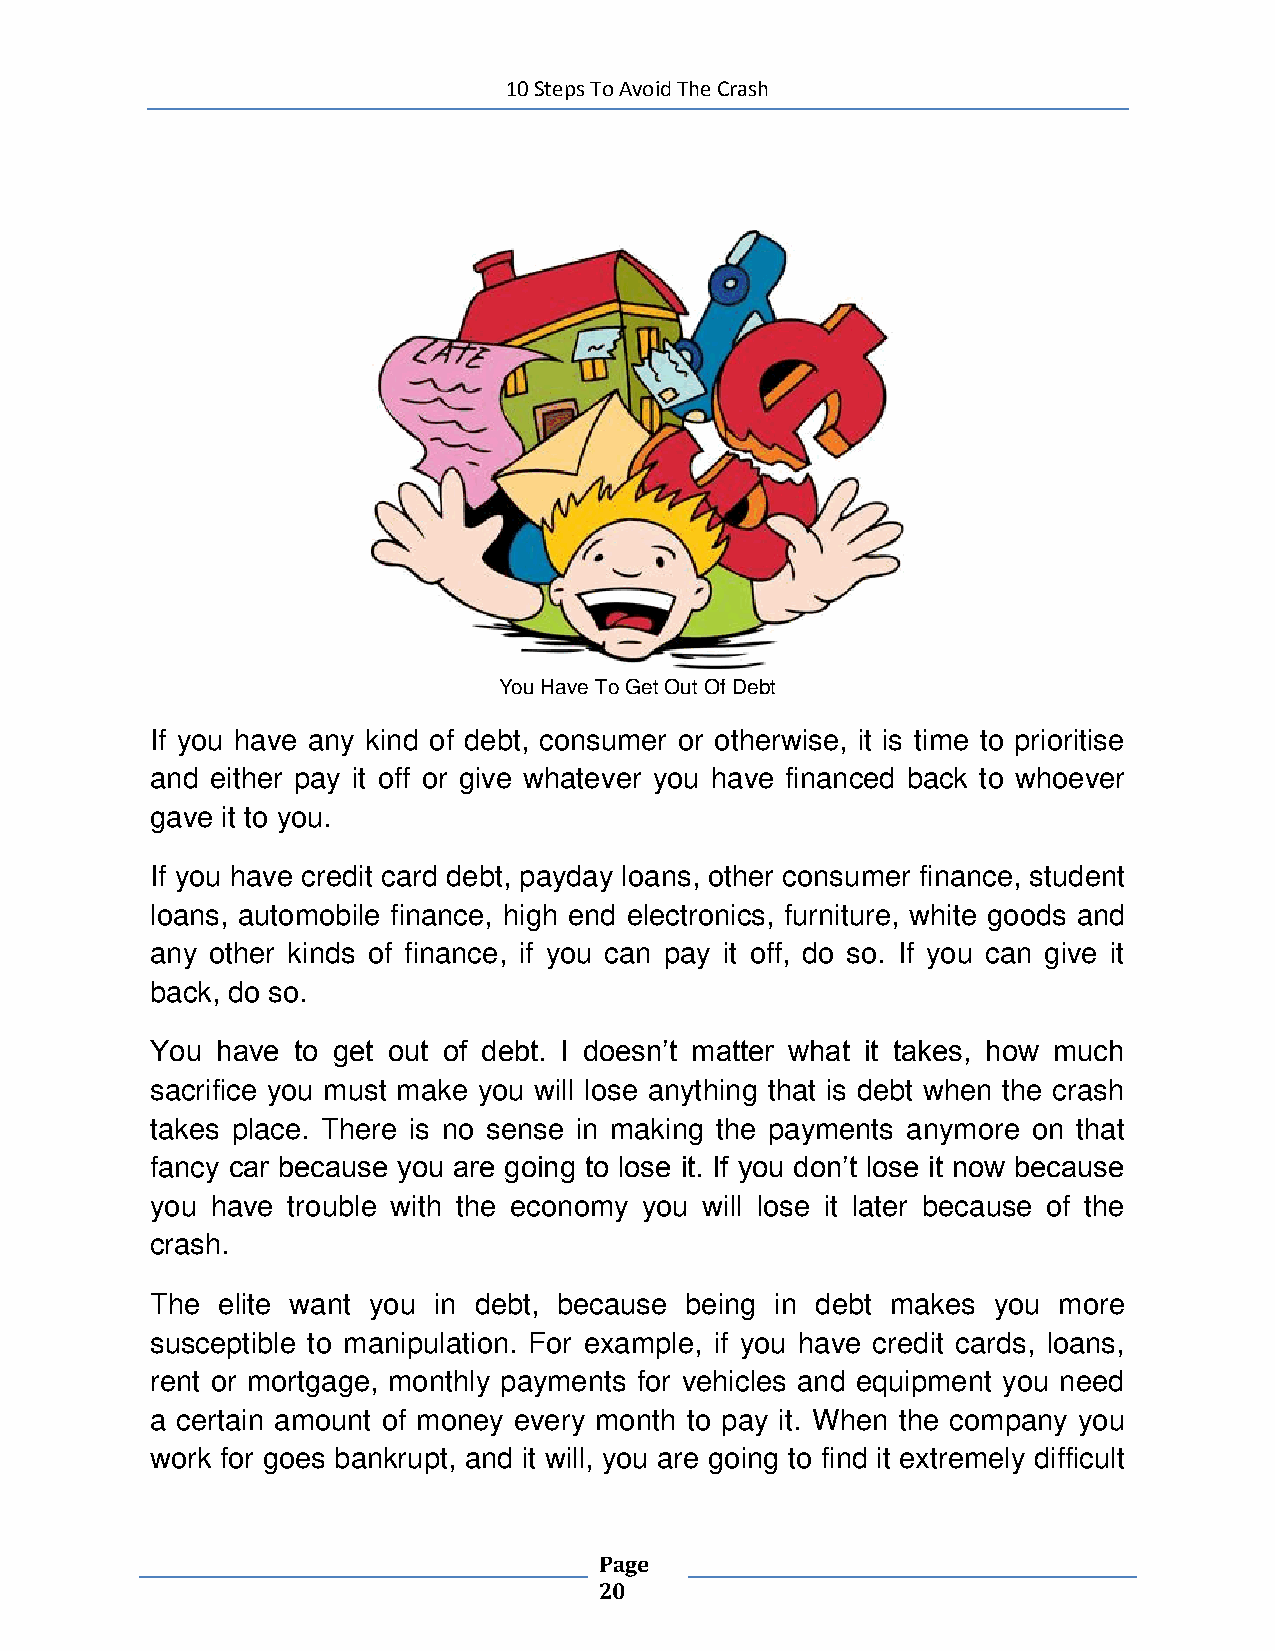
10 Steps To Avoid The Crash
 You Have To Get Out Of Debt
 If you have any kind of debt, consumer or otherwise, it is time to prioritise
 and either pay it off or give whatever you have financed back to whoever
 gave it to you.
 If you have credit card debt, payday loans, other consumer finance, student
 loans, automobile finance, high end electronics, furniture, white goods and
 any other kinds of finance, if you can pay it off, do so. If you can give it
 back, do so.
 You have to get out of debt. I doesn’t matter what it takes, how much
 sacrifice you must make you will lose anything that is debt when the crash
 takes place. There is no sense in making the payments anymore on that
 fancy car because you are going to lose it. If you don’t lose it now because
 you have trouble with the economy you will lose it later because of the
 crash.
 The elite want you in debt, because being in debt makes you more
 susceptible to manipulation. For example, if you have credit cards, loans,
 rent or mortgage, monthly payments for vehicles and equipment you need
 a certain amount of money every month to pay it. When the company you
 work for goes bankrupt, and it will, you are going to find it extremely difficult
 Page
 20